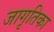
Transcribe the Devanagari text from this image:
जागृतिका